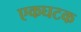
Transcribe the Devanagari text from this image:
एकघटक